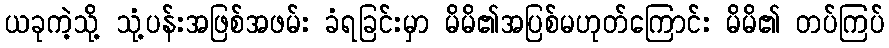
ယခုကဲ့သို့ သုံ့ပန်းအဖြစ်အဖမ်း ခံရခြင်းမှာ မိမိ၏အပြစ်မဟုတ်ကြောင်း မိမိ၏ တပ်ကြပ်